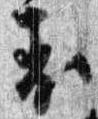
表